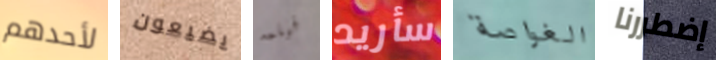
لأحدهم يضيعون فيلمه سأريد الغواصة إضطررنا